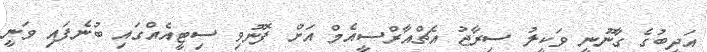
އަދީބުގެ ގާނޫނީ ވަކީލު ސިރާޖު އެޗްއާރްސީއެމް އަށް ފޮނުވި ސިޓީއެއްގައި ބުނެފައި ވަނީ